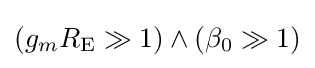
(g_{m}R_{\text{E}}\gg 1)\wedge (\beta _{0}\gg 1)